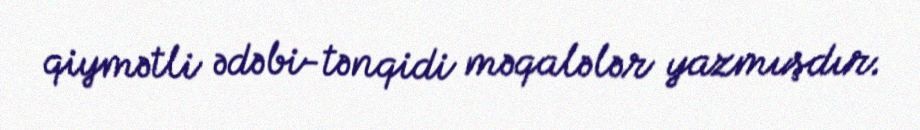
qiymətli ədəbi-tənqidi məqalələr yazmışdır.